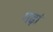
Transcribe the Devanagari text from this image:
गढ़ां